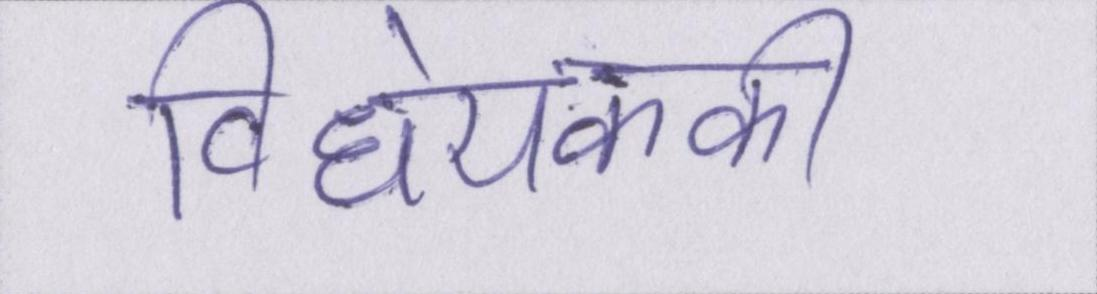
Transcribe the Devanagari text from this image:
विधेयककी